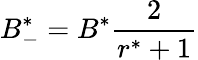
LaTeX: B_{-}^{*}=B^{*}\frac{2}{r^{*}+1}